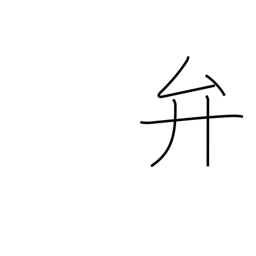
Meaning: dispose of